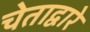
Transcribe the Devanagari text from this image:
चेताद्वारे